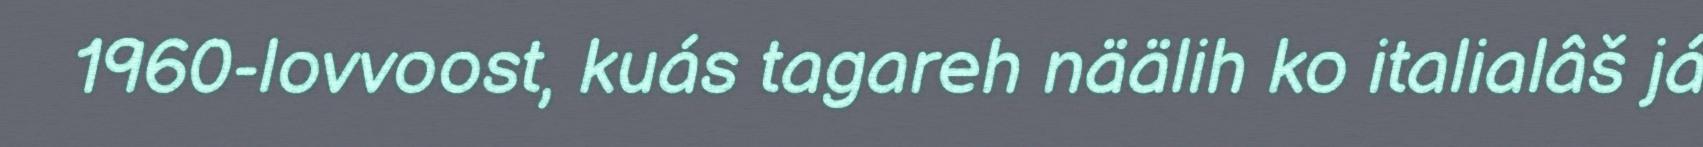
1960-lovvoost, kuás tagareh näälih ko italialâš já